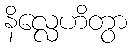
နိလ္လေဟိတွာ